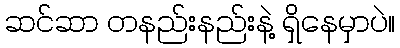
ဆင်ဆာ တနည်းနည်းနဲ့ ရှိနေမှာပဲ။